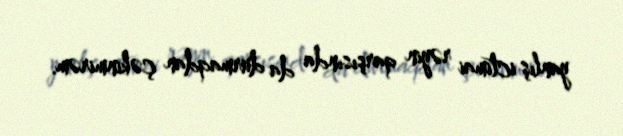
yanlış ictimai rəyin qarşısında da durmaqdan çəkinmirəm.